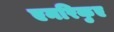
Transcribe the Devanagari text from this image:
एनरिकुए